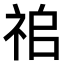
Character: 𥙢